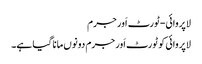
لاپروائی-ٹورٹ اَور جرم
لاپروائی کو ٹورٹ اَور جرم دونوں مانا گیا ہے۔